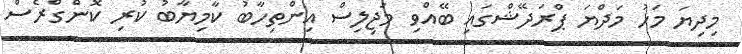
މިދިޔަ މަހު މަދްޔަ ޕްރަދޭޝްގައި ބޭއްވި މަޖިލިސް އިންތިހާބު ކާމިޔާބު ކުރި ކޮންގްރެސް